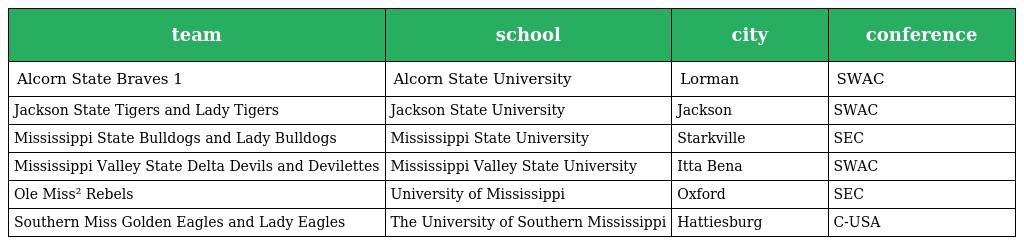
| team | school | city | conference |
 | --- | --- | --- | --- |
 | Alcorn State Braves 1 | Alcorn State University | Lorman | SWAC |
 | Jackson State Tigers and Lady Tigers | Jackson State University | Jackson | SWAC |
 | Mississippi State Bulldogs and Lady Bulldogs | Mississippi State University | Starkville | SEC |
 | Mississippi Valley State Delta Devils and Devilettes | Mississippi Valley State University | Itta Bena | SWAC |
 | Ole Miss² Rebels | University of Mississippi | Oxford | SEC |
 | Southern Miss Golden Eagles and Lady Eagles | The University of Southern Mississippi | Hattiesburg | C-USA |